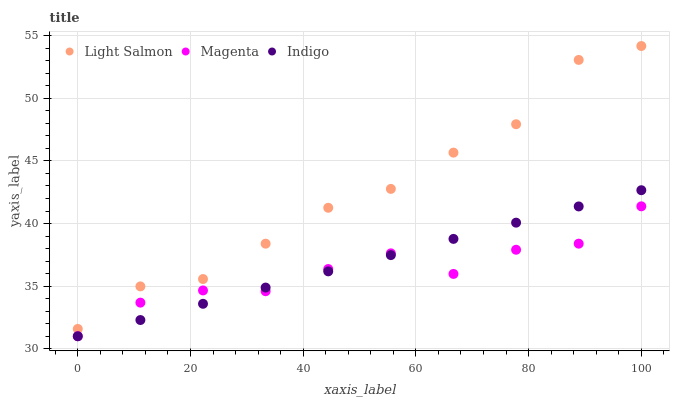
| xaxis_label | Light Salmon | Magenta | Indigo |
 | --- | --- | --- | --- |
 | 0 | 31.6 | 31 | 31 |
 | 11.1 | 35 | 33.7 | 32.3 |
 | 22.2 | 35.6 | 34.7 | 33.6 |
 | 33.3 | 38.4 | 34.6 | 34.9 |
 | 44.4 | 41.3 | 36.4 | 36.2 |
 | 55.6 | 42.8 | 37.6 | 37.5 |
 | 66.7 | 45.7 | 36 | 38.8 |
 | 77.8 | 47.9 | 37.9 | 40.1 |
 | 88.9 | 53.1 | 38.4 | 41.4 |
 | 100 | 54.2 | 41.4 | 42.7 |